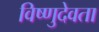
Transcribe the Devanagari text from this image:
विष्णुदेवता